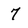
Character: 7